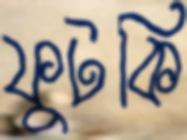
ফুটকি